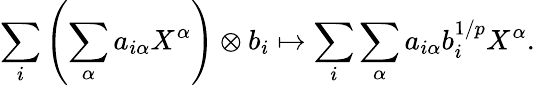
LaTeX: \sum_{i}\left(\sum_{\alpha}a_{i\alpha}X^{\alpha}\right)\otimes b_{i}\mapsto\sum_{i}\sum_{\alpha}a_{i\alpha}b_{i}^{1/p}X^{\alpha}.